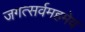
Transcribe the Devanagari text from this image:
जगत्सर्वमहमेव